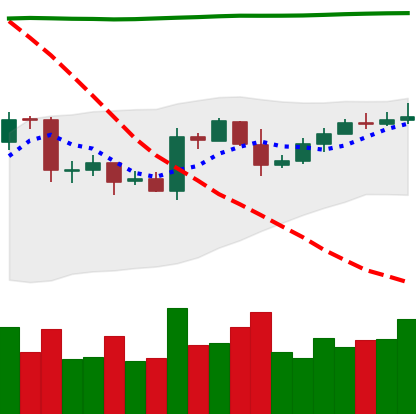
Ticker: EOS-USD
Chart end date: 2020-04-27
Forward return: 7.276%
Label: up_7plus